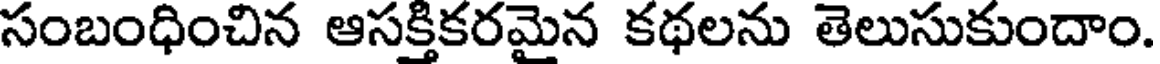
సంబంధించిన ఆసక్తికరమైన కథలను తెలుసుకుందాం.